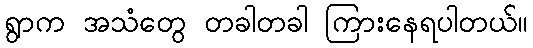
ရွာက အသံတွေ တခါတခါ ကြားနေရပါတယ်။